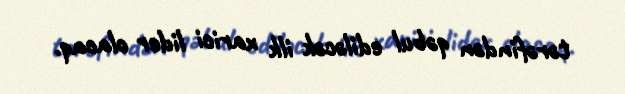
tərəfindən qəbul ediləcək ilk xarici lider olacaq.